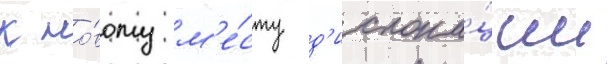
к но́вому м'е́сту д'ислока́ции